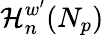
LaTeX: \mathcal{H}_{n}^{w^{\prime}}(N_{p})